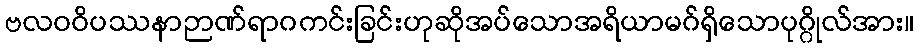
ဗလဝဝိပဿနာဉာဏ်ရာဂကင်းခြင်းဟုဆိုအပ်သောအရိယာမဂ်ရှိသောပုဂ္ဂိုလ်အား။